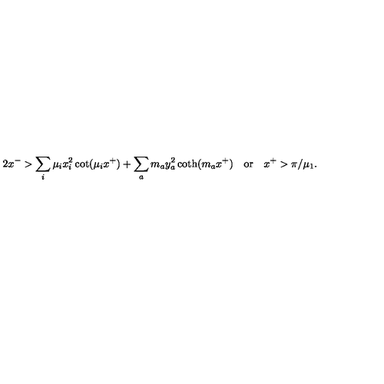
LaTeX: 2 x ^ { - } > \sum _ { i } \mu _ { i } x _ { i } ^ { 2 } \cot ( \mu _ { i } x ^ { + } ) + \sum _ { a } m _ { a } y _ { a } ^ { 2 } \coth ( m _ { a } x ^ { + } ) \quad \mathrm { o r } \quad x ^ { + } > \pi / \mu _ { 1 } .